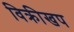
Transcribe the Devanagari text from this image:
विक्रीखप